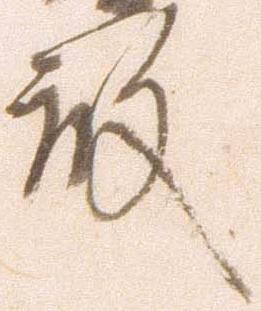
殿